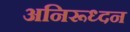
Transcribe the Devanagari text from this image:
अनिरूध्दन